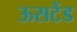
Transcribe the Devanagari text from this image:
ऊसटेंड